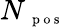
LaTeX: N_{\mathrm{~\scriptsize~p~o~s~}}